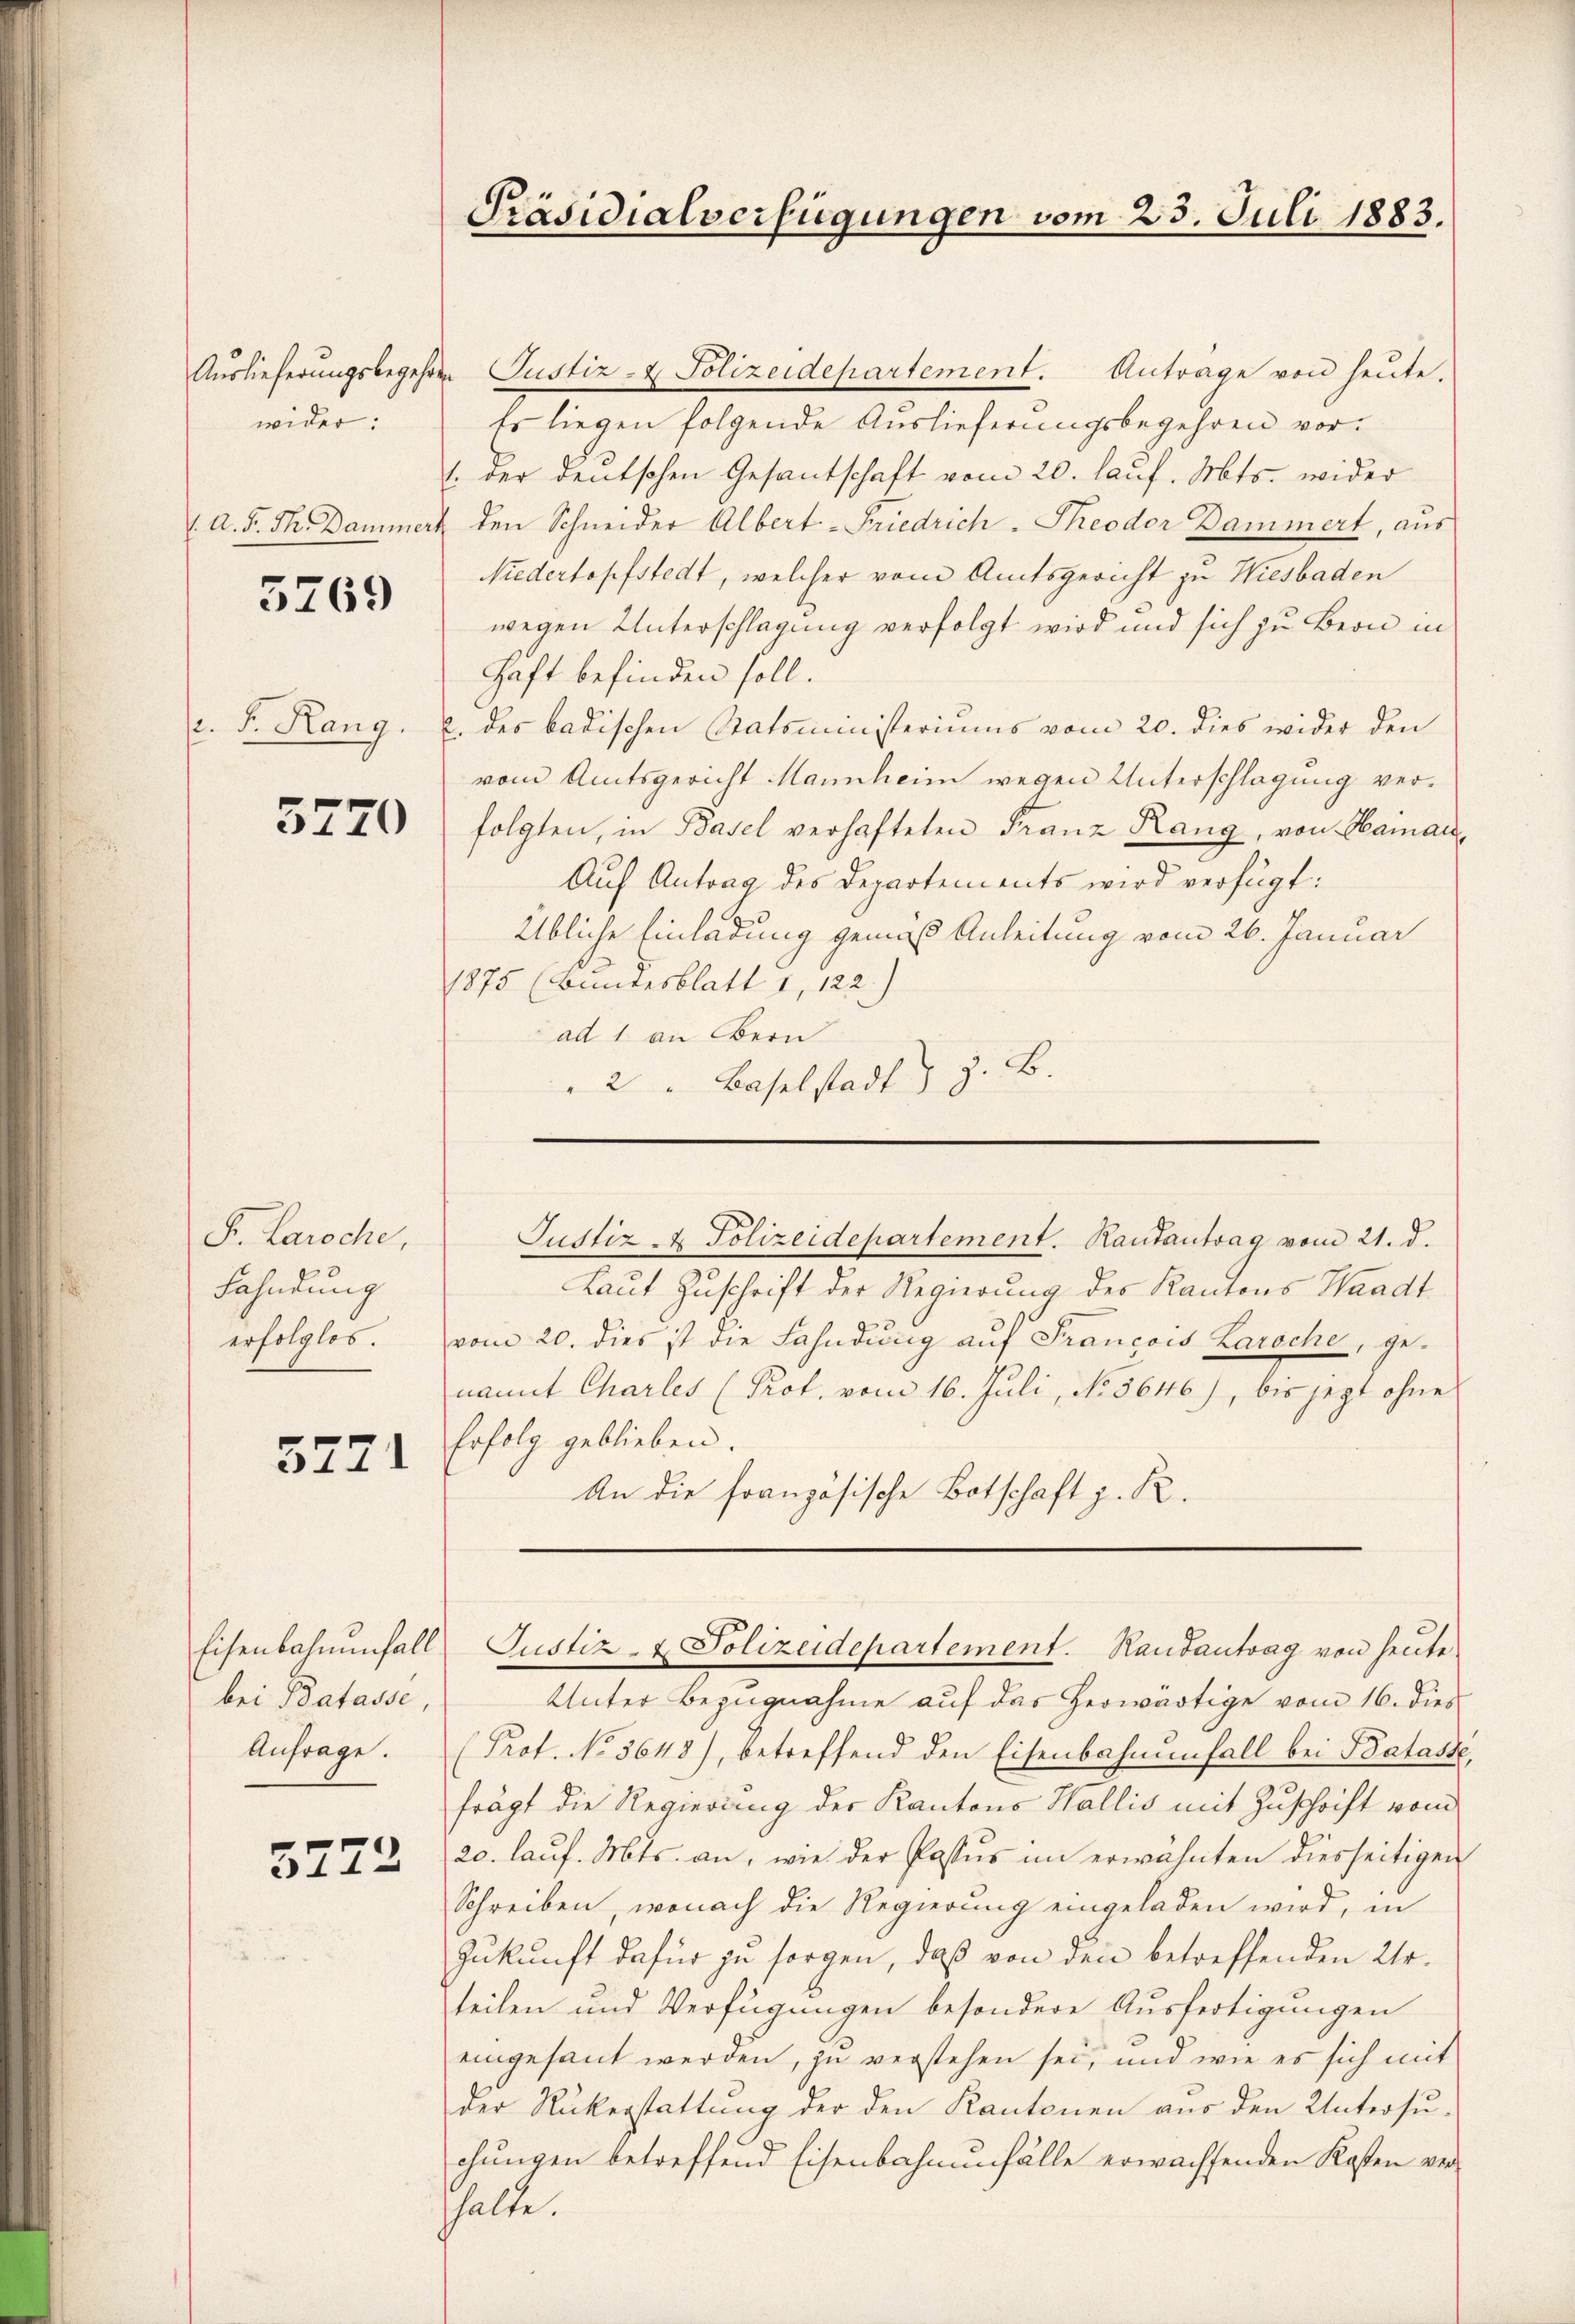
wider:

3769

5770

Fr. Laroche,
Fahndung
erfolglos.

3721

bei Batasse,
Anfrage.

3272

Präsidialverfügungen vom 23. Juli 1883.

Auslieferungsbegehren Justiz- & Polizeidepartement. Antrage von heute.
Es liegen folgende Auslieferungsbegehren vor¬
/. der deutschen Gesantschaft vom 20. lauf. Mts. wider
1. A. F. Th. Dammert den Schneider Albert-Friedrich-Theodor Dammert, aus
Niedertopfstedt, welcher vom Amtsgericht zu Wiesbaden
wegen Unterschlagung verfolgt wird und sich zu Bern in
haft befinden soll.
F. Rang, u. des badischen Statsministeriums vom 20. dies wider den
vom Amtsgericht Mannheim wegen Unterschlagung verfolgten, in Basel verhafteten Franz Rang, von Hainau,
Auf Antrag des Departements wird verfügt:
Übliche Einladung gemäß Anleitung vom 26. Januar
1875 (Bundesblatt 1, 122.)
ad 1. an Bern
" 2 " Baselstadt) z. B.

Laut Zuschrift der Regierung des Kantons Waadt
vom 20. dies ist die Fahndung auf Francois Laroche, genannt Charles (Prot. vom 16. Juli, No 5646), bis jezt ohne
Erfolg geblieben.
An die französische Botschaft z. R.

Justiz- & Polizeidepartement. Rautantrag vom 21. d.

Eisenbahnenfall Justiz- & Polizeidepartement. Hautantrag von heute

Unter Bezugnahme auf das herwärtige vom 16. dies
Prot. No 5648), betreffend den Eisenbahnenfall bei Bataste
frägt die Regierung der Kantons Wallis mit Zuschrift vom
20. lauf. Mts. an, wie der Passus im erwähnten diesseitigen
Schreiben, wonach die Regierung eingeladen wird, in
Zukunft dafür zu sorgen, daß von den betreffenden Urteilen und Verfügungen besondere Ausfertigungen
eingesant werden, zu verstehen sei, und wie es sich mit
der Rückerstattung der den Kantonen aus den Untersuchungen betreffend Eisenbahnenfälle erwachsenden Kosten verhalte.